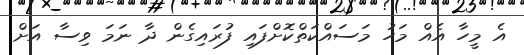
އެ މީހާ އެއް މަހު މަސައްކަތްކޮށްފައި ފުރައިގެން ދާ ނަމަ ވިސާ އަށް